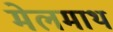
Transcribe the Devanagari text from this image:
मेलमाथ